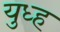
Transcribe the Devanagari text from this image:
युध्ह